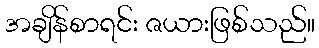
အချိန်စာရင်း ဇယားဖြစ်သည်။